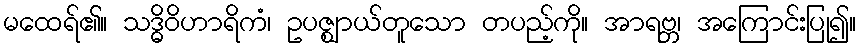
မထေရ်၏။ သဒ္ဓိဝိဟာရိကံ၊ ဥပဇ္ဈာယ်တူသော တပည့်ကို။ အာရဗ္ဘ၊ အကြောင်းပြု၍။